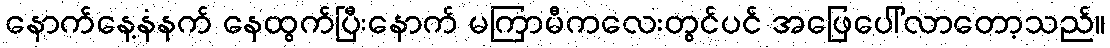
နောက်နေ့နံနက် နေထွက်ပြီးနောက် မကြာမီကလေးတွင်ပင် အဖြေပေါ်လာတော့သည်။